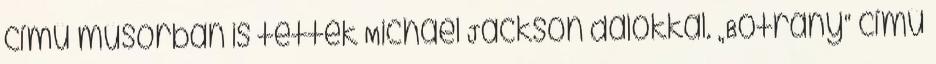
című műsorban is tették Michael Jackson dalokkal. „Botrány“ című